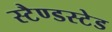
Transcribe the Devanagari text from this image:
स्टैण्डस्टेड